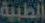
الطبية